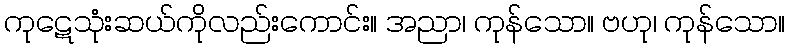
ကုဋေသုံးဆယ်ကိုလည်းကောင်း။ အညာ၊ ကုန်သော။ ဗဟု၊ ကုန်သော။